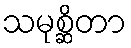
သမုစ္ဆိတာ